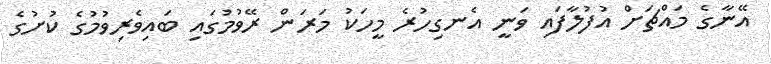
އޭނާގެ މައްޗަށް އުފުލާފައި ވަނީ އެނގިހުރެ މީހަކު މަރަން ރޭވުމުގައި ބައިވެރިވުމުގެ ކުށުގެ